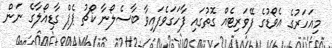
މިއަހަރުގެ އެވޯޑުގެ ފޭވަރިޓެއް ގޮތުގައި ފާހަގަވެފައިވާ ބާސެލޯނާ ކޯޗު ޕެޕް ގާޑިއޯލާގެ ނަން